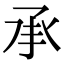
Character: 承